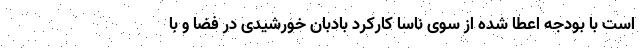
است با بودجه اعطا شده از سوی ناسا کارکرد بادبان خورشیدی در فضا و با